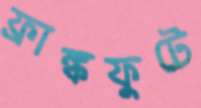
ফ্রাঙ্কফুটে